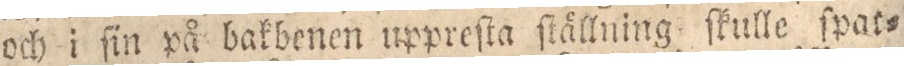
och i ſin på bakbenen uppreſta ſtällning ſkulle ſpat=